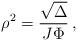
LaTeX: \begin{align*} \rho^2 = \frac{\sqrt{\Delta}}{J\Phi}\, , \end{align*}